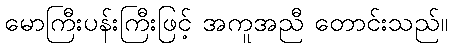
မောကြီးပန်းကြီးဖြင့် အကူအညီ တောင်းသည်။